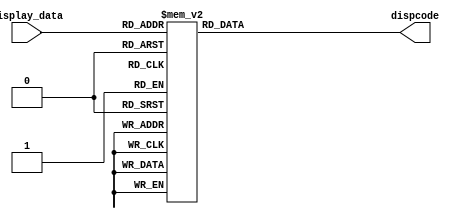
`timescale 1ns / 1ps
//////////////////////////////////////////////////////////////////////////////////
// Company: 
// Engineer: 
// 
// Design Name: 
// Module Name: 7_SegLED
// Project Name: 
// Target Devices: 
// Tool Versions: 
// Description: 
// 
// Dependencies: 
// 
// Revision:
// Revision 0.01 - File Created
// Additional Comments:
// 
//////////////////////////////////////////////////////////////////////////////////


module SegLED (
    input [3:0] display_data,
    output reg [7:0] dispcode
    );
    always @( display_data ) begin
        case (display_data)
            4'b0000 : dispcode = 8'b1100_0000; //0'0'-'1'-
            4'b0001 : dispcode = 8'b1111_1001; //1
            4'b0010 : dispcode = 8'b1010_0100; //2
            4'b0011 : dispcode = 8'b1011_0000; //3
            4'b0100 : dispcode = 8'b1001_1001; //4
            4'b0101 : dispcode = 8'b1001_0010; //5
            4'b0110 : dispcode = 8'b1000_0010; //6
            4'b0111 : dispcode = 8'b1101_1000; //7
            4'b1000 : dispcode = 8'b1000_0000; //8
            4'b1001 : dispcode = 8'b1001_0000; //9
            4'b1010 : dispcode = 8'b1000_1000; //A
            4'b1011 : dispcode = 8'b1000_0011; //b
            4'b1100 : dispcode = 8'b1100_0110; //C
            4'b1101 : dispcode = 8'b1010_0001; //d
            4'b1110 : dispcode = 8'b1000_0110; //E
            4'b1111 : dispcode = 8'b1000_1110; //F
            default : dispcode = 8'b0000_0000; //
        endcase
    end
endmodule